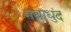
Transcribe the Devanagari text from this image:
मद्याधुंद